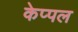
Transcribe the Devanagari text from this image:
केप्पल